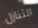
التنازل